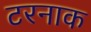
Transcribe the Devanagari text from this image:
टरनाक